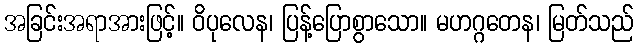
အခြင်းအရာအားဖြင့်။ ဝိပုလေန၊ ပြန့်ပြောစွာသော။ မဟဂ္ဂတေန၊ မြတ်သည်